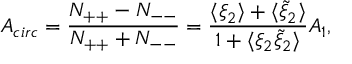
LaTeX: A _ { c i r c } = \frac { N _ { + + } - N _ { -- } } { N _ { + + } + N _ { -- } } = \frac { \langle \xi _ { 2 } \rangle + \langle \tilde { \xi } _ { 2 } \rangle } { 1 + \langle \xi _ { 2 } \tilde { \xi } _ { 2 } \rangle } { \cal A } _ { 1 } ,